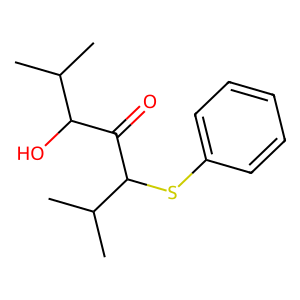
SMILES: CC(C)C(O)C(=O)C(Sc1ccccc1)C(C)C
Inhibits HIV replication: No